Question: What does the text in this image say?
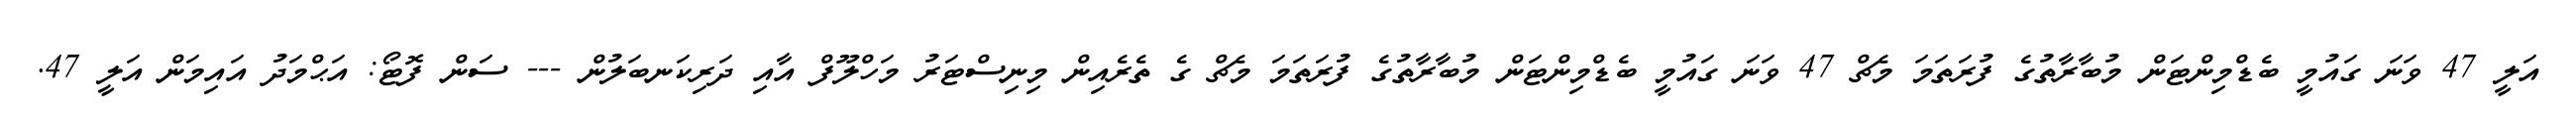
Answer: އަލީ 47 ވަނަ ގައުމީ ބެޑްމިންޓަން މުބާރާތުގެ ފުރަތަމަ މެޗް 47 ވަނަ ގައުމީ ބެޑްމިންޓަން މުބާރާތުގެ ފުރަތަމަ މެޗް ގެ ތެރެއިން މިނިސްޓަރު މަހްލޫފް އާއި ދަރިކަނބަލުން --- ސަން ފޮޓޯ: އަޙްމަދު އައިމަން އަލީ 47.